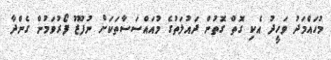
މުހައްމަދު ވަހީދު އެކި ގޮތް ގޮތުން ދައުލަތުގެ މުއައްސަސާތަކަށް ނުފޫޒު ފޯރުވަމުން ގެންދާ